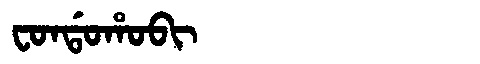
Manchu: ᠸᠣᠨᡩᠣᡥᠣᠪᡳ
Romanization: FONDOHOBI